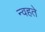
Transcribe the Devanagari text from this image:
न्वहते